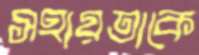
সহায়তাকে